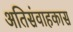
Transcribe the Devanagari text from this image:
अतिसंवाहकास